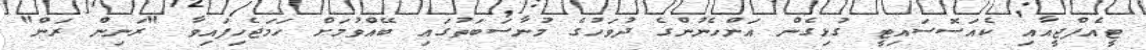
ޓީއެފްޖީއާއި ކެއަސޮސައިޓީ ގުޅިގެން އަންހެނުންގެ ދުވަހުގެ މުނާސަބަތުގައި ބޭއްވުމަށް ހަމަޖެހިފައިވާ "ރަނިން ރަން"